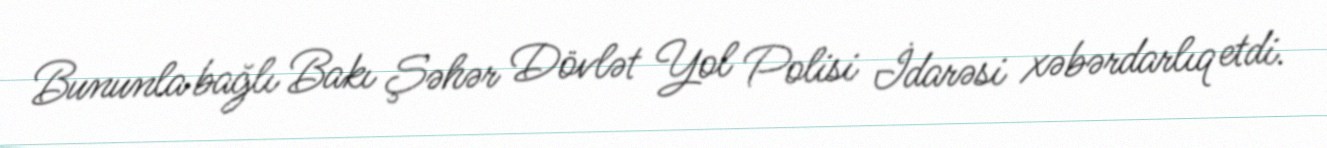
Bununla bağlı Bakı Şəhər Dövlət Yol Polisi İdarəsi xəbərdarlıq etdi.